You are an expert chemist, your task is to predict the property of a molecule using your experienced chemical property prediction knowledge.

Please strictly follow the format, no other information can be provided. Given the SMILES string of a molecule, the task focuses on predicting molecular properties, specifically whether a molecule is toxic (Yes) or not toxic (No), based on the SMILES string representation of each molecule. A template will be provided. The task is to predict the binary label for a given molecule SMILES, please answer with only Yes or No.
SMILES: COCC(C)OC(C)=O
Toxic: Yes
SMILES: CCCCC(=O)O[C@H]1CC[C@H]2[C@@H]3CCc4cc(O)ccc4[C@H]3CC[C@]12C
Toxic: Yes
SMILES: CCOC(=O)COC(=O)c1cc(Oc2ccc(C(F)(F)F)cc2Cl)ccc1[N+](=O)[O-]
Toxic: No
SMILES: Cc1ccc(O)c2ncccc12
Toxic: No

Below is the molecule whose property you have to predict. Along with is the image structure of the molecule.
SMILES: CC(=O)SC[C@@H](Cc1ccccc1)C(=O)NCC(=O)OCc1ccccc1
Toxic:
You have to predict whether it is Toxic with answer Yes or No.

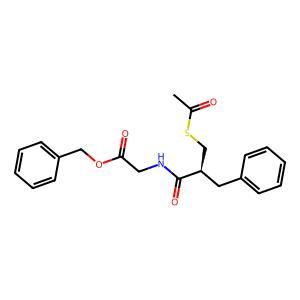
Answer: No